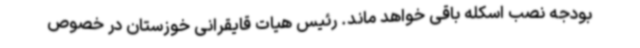
بودجه نصب اسکله باقی خواهد ماند. رئیس هیات قایقرانی خوزستان در خصوص